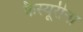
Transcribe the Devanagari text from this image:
कैस्यूरीना